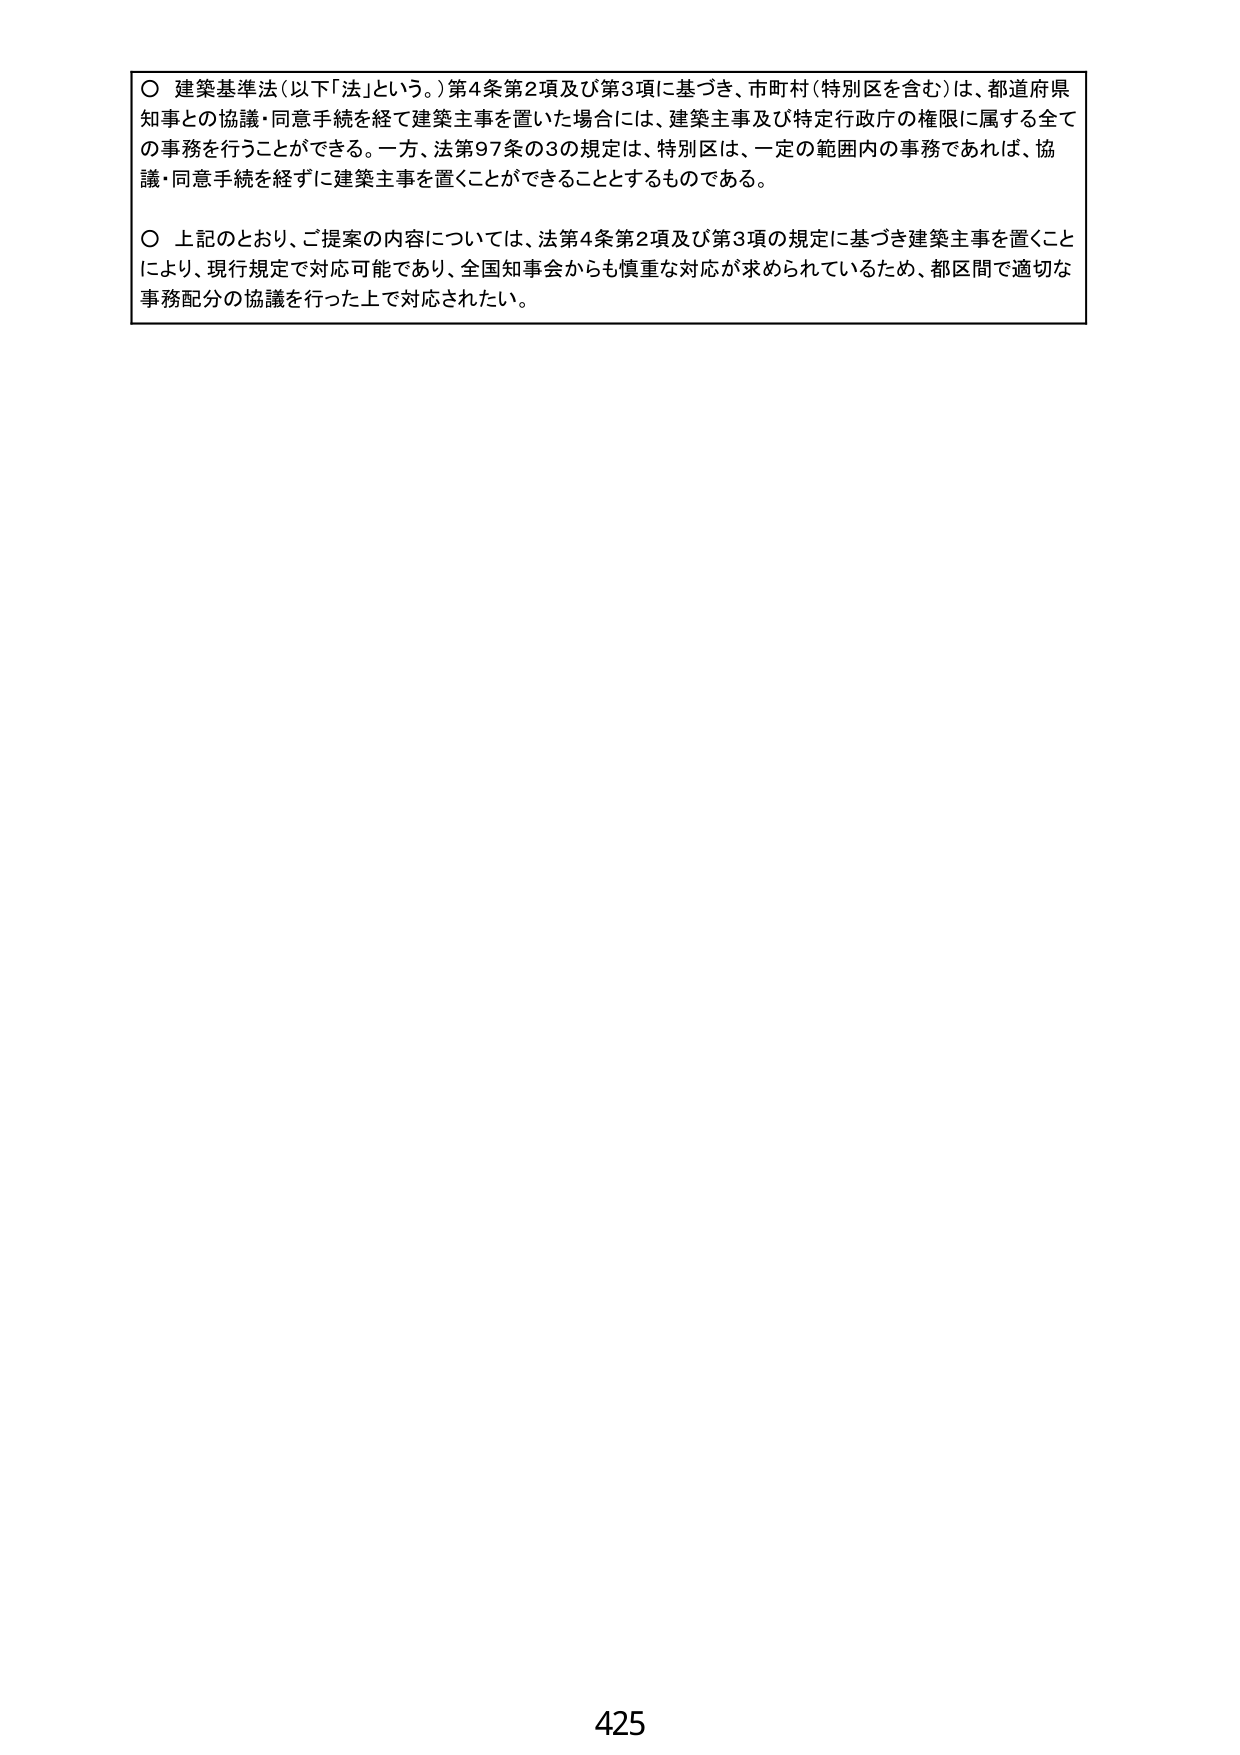
○ 建築基準法（以下「法」という。）第4条第2項及び第3項に基づき、市町村（特別区を含む）は、都道府県知事との協議・同意手続を経て建築主事を置いた場合には、建築主事及び特定行政庁の権限に属する全ての事務を行うことができる。一方、法第97条の3の規定は、特別区は、一定の範囲内の事務であれば、協議・同意手続を経ずに建築主事を置くことができることとするものである。

○ 上記のとおり、ご提案の内容については、法第4条第2項及び第3項の規定に基づき建築主事を置くことにより、現行規定で対応可能であり、全国知事会からも慎重な対応が求められているため、都区間で適切な事務配分の協議を行った上で対応されたい。

425